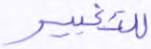
للتغيير